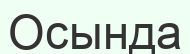
Осында